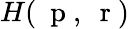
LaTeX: H(\mathrm{~\mathbf~p~},\mathrm{~\mathbf~r~})